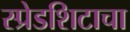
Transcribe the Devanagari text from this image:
स्प्रेडशिटाचा